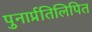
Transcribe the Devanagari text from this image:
पुनार्प्रतिलिपित